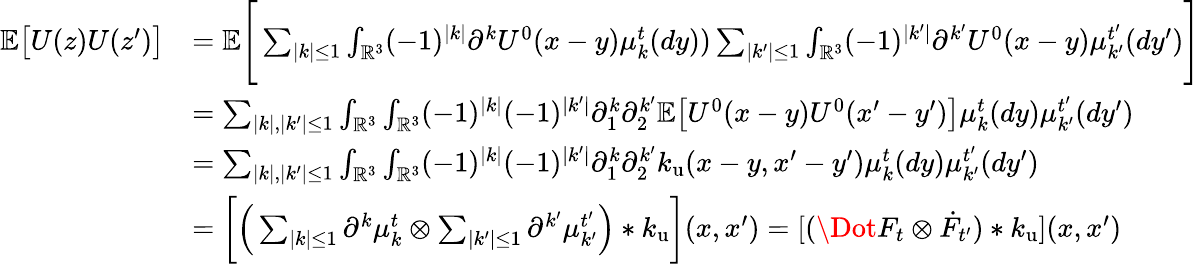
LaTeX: \begin{array}{rl}{\mathbb{E}\big[U(z)U(z^{\prime})\big]}&{=\mathbb{E}\Bigg[\sum_{|k|\leq 1}\int_{\mathbb{R}^{3}}(-1)^{|k|}\partial^{k}U^{0}(x-y)\mu_{k}^{t}(dy))\sum_{|k^{\prime}|\leq 1}\int_{\mathbb{R}^{3}}(-1)^{|k^{\prime}|}\partial^{k^{\prime}}U^{0}(x-y)\mu_{k^{\prime}}^{t^{\prime}}(dy^{\prime})\Bigg]}\\ &{=\sum_{|k|,|k^{\prime}|\leq 1}\int_{\mathbb{R}^{3}}\int_{\mathbb{R}^{3}}(-1)^{|k|}(-1)^{|k^{\prime}|}\partial_{1}^{k}\partial_{2}^{k^{\prime}}\mathbb{E}\big[U^{0}(x-y)U^{0}(x^{\prime}-y^{\prime})\big]\mu_{k}^{t}(dy)\mu_{k^{\prime}}^{t^{\prime}}(dy^{\prime})}\\ &{=\sum_{|k|,|k^{\prime}|\leq 1}\int_{\mathbb{R}^{3}}\int_{\mathbb{R}^{3}}(-1)^{|k|}(-1)^{|k^{\prime}|}\partial_{1}^{k}\partial_{2}^{k^{\prime}}k_{\mathrm{u}}(x-y,x^{\prime}-y^{\prime})\mu_{k}^{t}(dy)\mu_{k^{\prime}}^{t^{\prime}}(dy^{\prime})}\\ &{=\bigg[\Big(\sum_{|k|\leq 1}\partial^{k}\mu_{k}^{t}\otimes\sum_{|k^{\prime}|\leq 1}\partial^{k^{\prime}}\mu_{k^{\prime}}^{t^{\prime}}\Big)*k_{\mathrm{u}}\bigg](x,x^{\prime})=[(\Dot{F}_{t}\otimes\dot{F}_{t^{\prime}})*k_{\mathrm{u}}](x,x^{\prime})}\end{array}